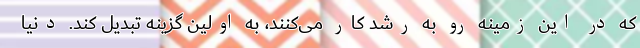
که در این زمینه رو به رشد کار می‌کنند، به اولین گزینه تبدیل کند. دنیا